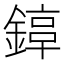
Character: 𨪟